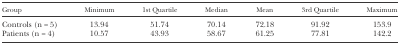
<table><thead><tr><td><b>Group</b></td><td><b>Minimum</b></td><td><b>1st Quartile</b></td><td><b>Median</b></td><td><b>Mean</b></td><td><b>3rd Quartile</b></td><td><b>Maximum</b></td></tr></thead><tbody><tr><td>Controls (n = 5)</td><td>13.94</td><td>51.74</td><td>70.14</td><td>72.18</td><td>91.92</td><td>153.9</td></tr><tr><td>Patients (n = 4)</td><td>10.57</td><td>43.93</td><td>58.67</td><td>61.25</td><td>77.81</td><td>142.2</td></tr></tbody></table>